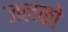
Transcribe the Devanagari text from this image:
जलको